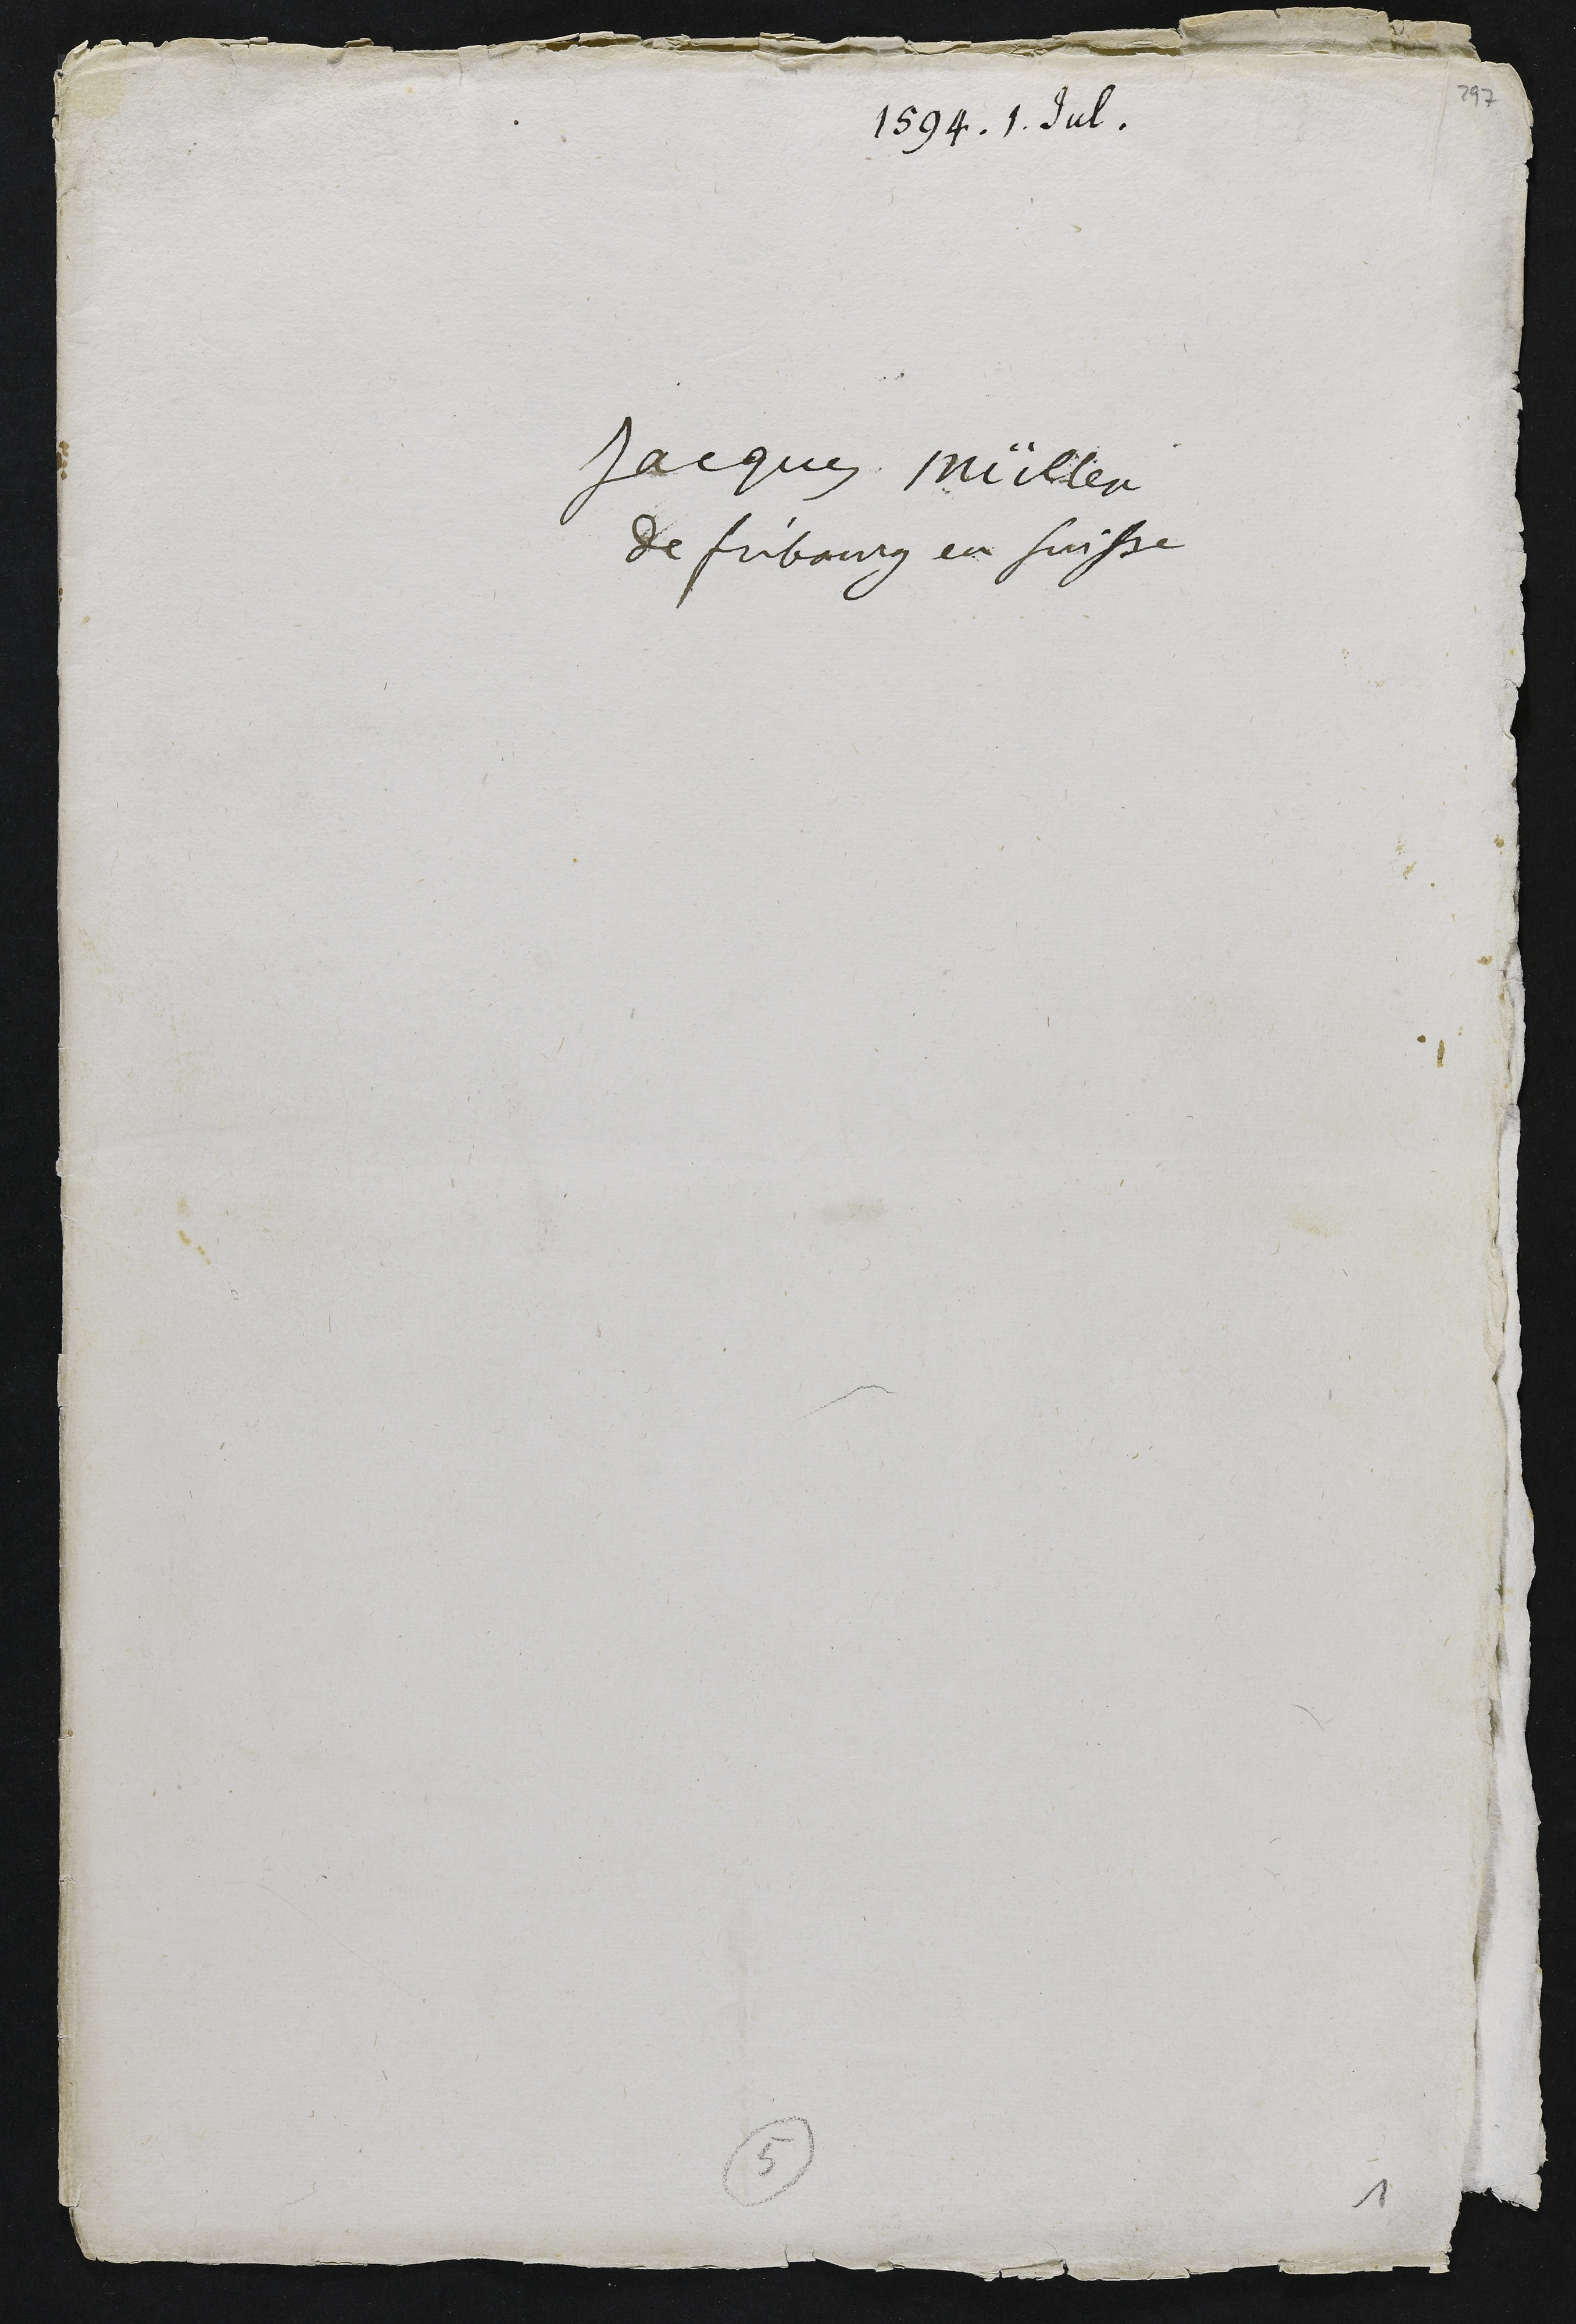
1594 1. Jul.
Jacques Müller
de Fribourg en Suisse

5
1